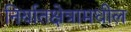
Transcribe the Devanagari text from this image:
निर्यातक्षेत्रामधील